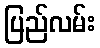
ပြည်လမ်း